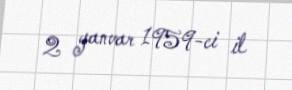
2 yanvar 1959-ci il